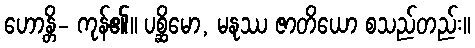
ဟောန္တိ- ကုန်၏။ ပစ္ဆိမော, မနုဿ ဇာတိယော စသည်တည်း။